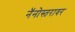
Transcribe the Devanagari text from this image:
नॅनोस्तरावर